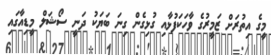
މީގެ އިތުރަށް ޒަމީރުގެ ވާހަކަފުޅާއި ގުޅިގެން ގިނަ ބަޔަކު ދަނީ ސޯޝަލް މީޑިއާގައި